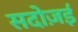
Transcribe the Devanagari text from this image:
सदोज़ई